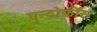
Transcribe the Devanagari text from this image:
एन्दोर्फींस